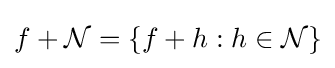
f+{\mathcal {N}}=\{f+h:h\in {\mathcal {N}}\}